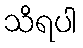
သိရပါ